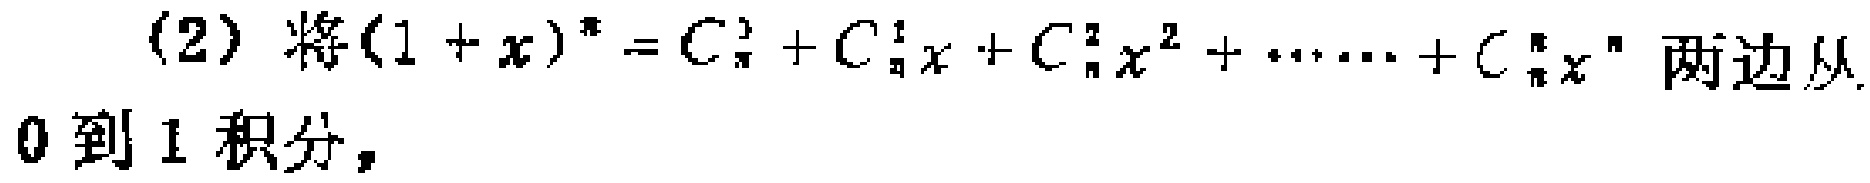
(2) 将\((1 + x)^{n}=C_{n}^{0}+C_{n}^{1}x + C_{n}^{2}x^{2}+\cdots + C_{n}^{n}x^{n}\)两边从\(0\)到\(1\)积分，